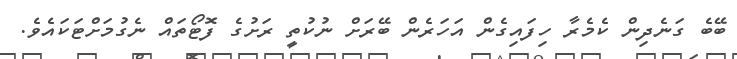
ބޭބެ ގަނެދިން ކެމެރާ ހިފައިގެން އަހަރެން ބޭރަށް ނުކުތީ ރަށުގެ ފޮޓޯތައް ނެގުމަށްޓަކައެވެ.